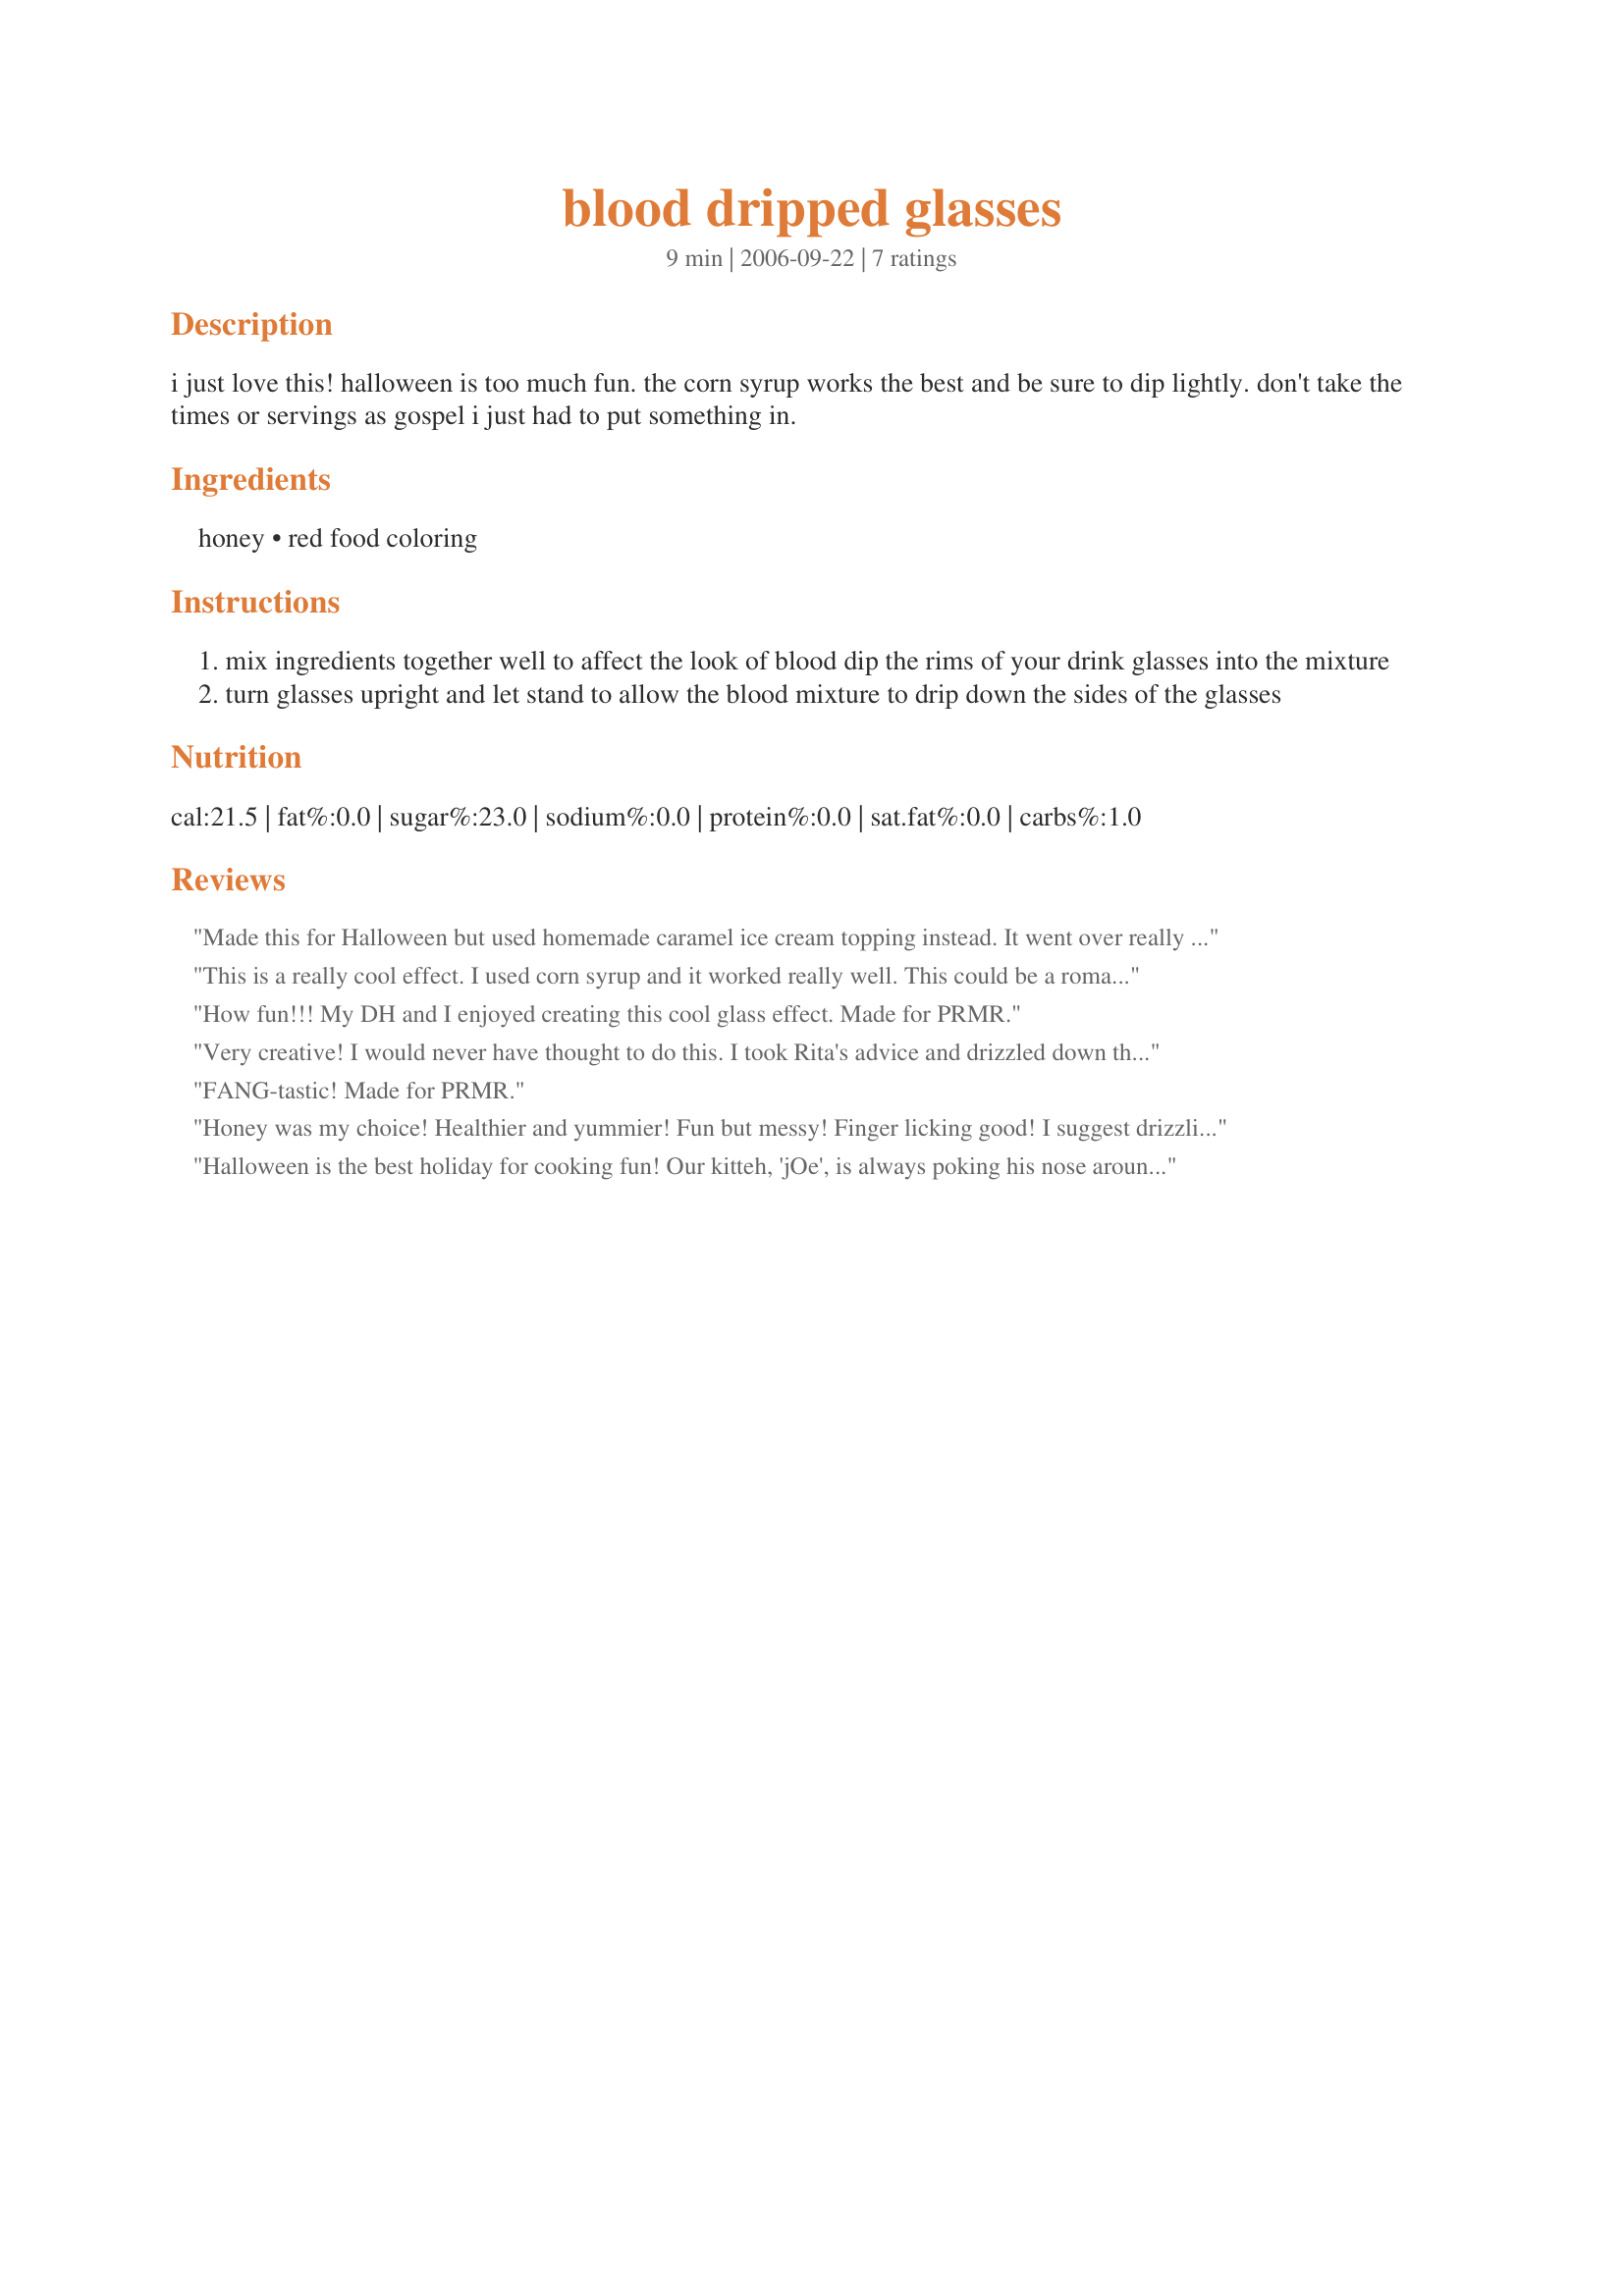
blood dripped glasses
Preparation time: 9 minutes

i just love this! halloween is too much fun. the corn syrup works the best and be sure to dip lightly. don't take the times or servings as gospel i just had to put something in.

Ingredients:
honey, red food coloring

Steps:
mix ingredients together well to affect the look of blood dip the rims of your drink glasses into the mixture
turn glasses upright and let stand to allow the blood mixture to drip down the sides of the glasses

Reviews:
Made this for Halloween but used homemade caramel ice cream topping instead. It went over really well, tasted good too ;). Thanks for the idea.
This is a really cool effect. I used corn syrup and it worked really well. This could be a romantic effect for a valentines day drink or a spooky one for halloween. Just plain cool.
How fun!!! My DH and I enjoyed creating this cool glass effect. Made for PRMR.
Very creative! I would never have thought to do this. I took Rita's advice and drizzled down the top interior of the glasses. Thanks for posting!
FANG-tastic! Made for PRMR.
Honey was my choice! Healthier and yummier! Fun but messy! Finger licking good! I suggest drizzling it down the inside to avoid a mess.
Halloween is the best holiday for cooking fun! Our kitteh, 'jOe', is always poking his nose around when I take photos and this time was no exception. We used corn syrup. Fantastic idea Annacia, thanks for posting. :)
